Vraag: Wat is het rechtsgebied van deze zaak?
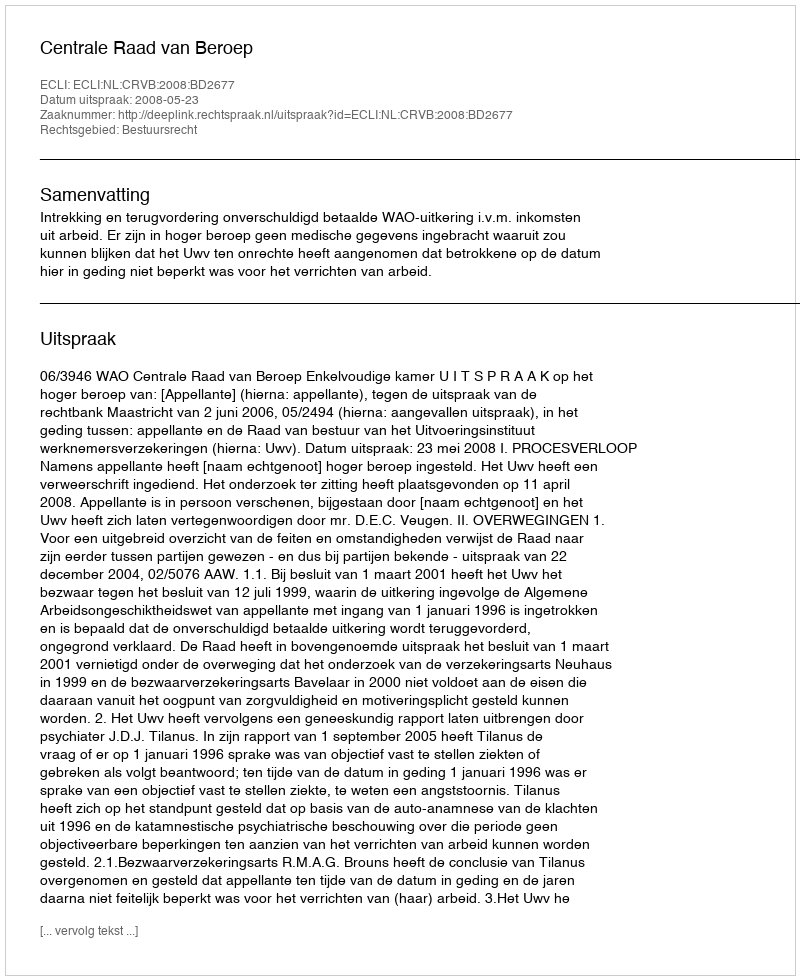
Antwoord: Bestuursrecht